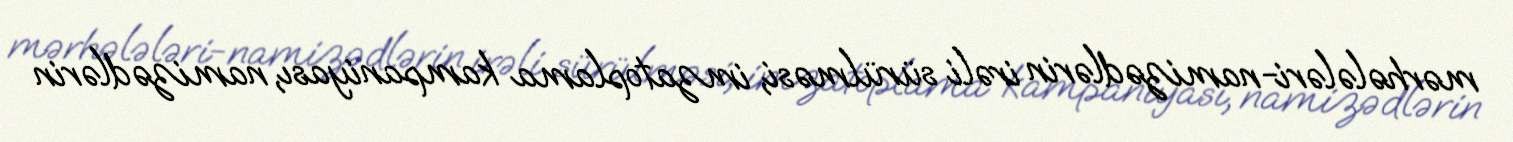
mərhələləri-namizədlərin irəli sürülməsi, imzatoplama kampaniyası, namizədlərin